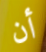
أن